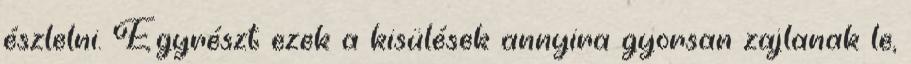
észlelni. Egyrészt ezek a kisülések annyira gyorsan zajlanak le,